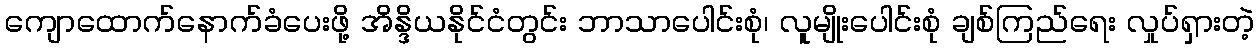
ကျောထောက်နောက်ခံပေးဖို့ အိန္ဒိယနိုင်ငံတွင်း ဘာသာပေါင်းစုံ၊ လူမျိုးပေါင်းစုံ ချစ်ကြည်ရေး လှုပ်ရှားတဲ့